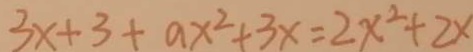
3 x + 3 + a x ^ { 2 } + 3 x = 2 x ^ { 2 } + 2 x